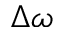
\Delta \omega